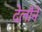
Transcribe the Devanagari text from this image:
देलौने